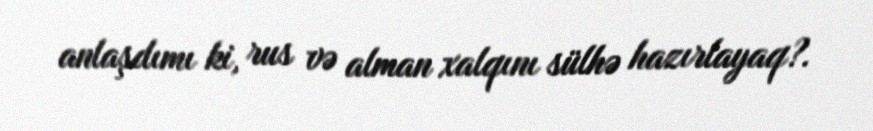
anlaşdımı ki, rus və alman xalqını sülhə hazırlayaq?.